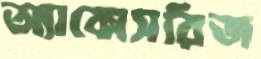
অ্যাক্সেসরিজ